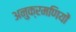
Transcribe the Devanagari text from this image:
अनुक्रमणियों